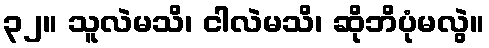
၃၂။ သူလဲမသိ၊ ငါလဲမသိ၊ ဆိုဘိပုံမလွဲ။